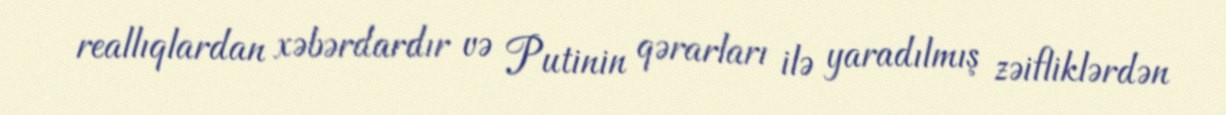
reallıqlardan xəbərdardır və Putinin qərarları ilə yaradılmış zəifliklərdən